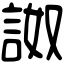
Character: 詉